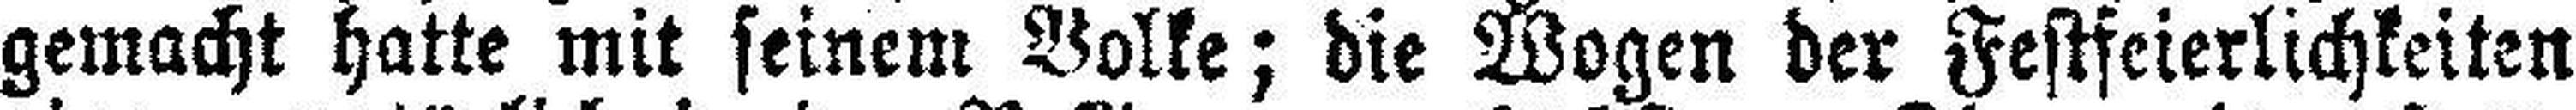
gemacht hatte mit seinem Volke; die Wogen der Festfeierlichkeiten